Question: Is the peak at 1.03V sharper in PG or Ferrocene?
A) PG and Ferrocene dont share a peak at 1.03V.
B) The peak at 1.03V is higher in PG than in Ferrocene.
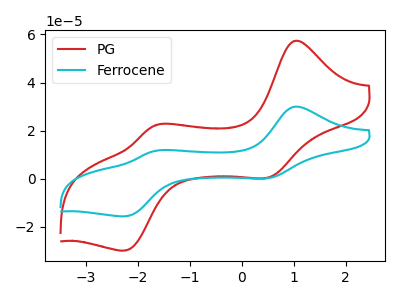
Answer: <think>The red curve "PG" has anodic peaks at (1.05V, 57.30uA) (-1.65V, 22.25uA) and cathodic peaks at (0.50V, 0.35uA) (-2.25V, -29.80uA). The cyan curve "Ferrocene" has anodic peaks at (1.05V, 29.95uA) (-1.65V, 11.65uA) and cathodic peaks at (0.50V, 0.20uA) (-2.25V, -15.60uA).</think>
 <answer>B) The peak at 1.03V is higher in "PG" than in "Ferrocene".</answer>
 <eval>B</eval>